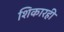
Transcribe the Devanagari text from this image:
शिकारही